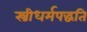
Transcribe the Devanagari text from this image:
स्त्रीधर्मपद्धति